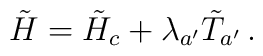
\tilde H=\tilde H_c+\lambda_{a'}\tilde T_{a'}\,.